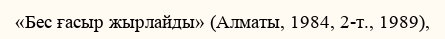
«Бес ғасыр жырлайды» (Алматы, 1984, 2-т., 1989),